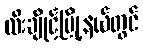
ထီးချိုင့်မြို့နယ်တွင်